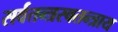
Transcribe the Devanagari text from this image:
सर्वतन्त्रस्वतन्त्राय